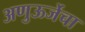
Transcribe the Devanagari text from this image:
अणुऊर्जेचा